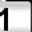
Digit: 1